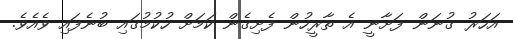
އަހަރު ގުނަން ފަށާނީ އެ ތާރީހުން ފެށިގެން ކަމަށް ހުކުމުގައި ބުނެފައި ވެއެވެ.